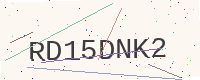
Text: RD15DNK2